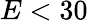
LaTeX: E<30